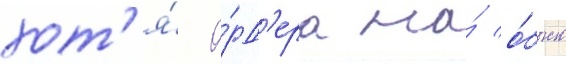
хот'я́ о́рд'ера на́ о́быск